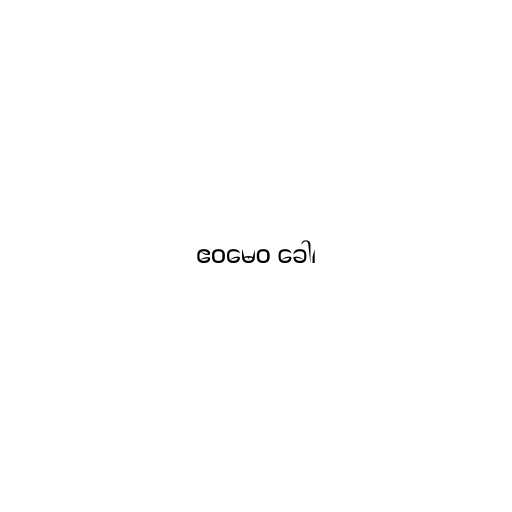
ဧဝမေဝ ခေါ၊